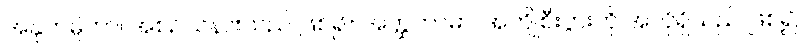
အနုကမ္ပိကာ၊ အစဉ်သနားသည် ဖြစ်၍။ အတ္ထကာမာ၊ အကျိုစီးပွားကို အလိုရှိသည် ဖြစ်၍။